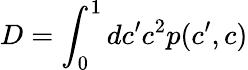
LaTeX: D=\int_{0}^{1}dc^{\prime}c^{2}p(c^{\prime},c)